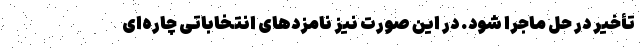
تأخیر در حل ماجرا شود. در این صورت نیز نامزدهای انتخاباتی چاره‌ای